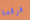
فرقعة